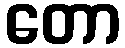
တော